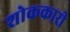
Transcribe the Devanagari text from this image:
शोककारी